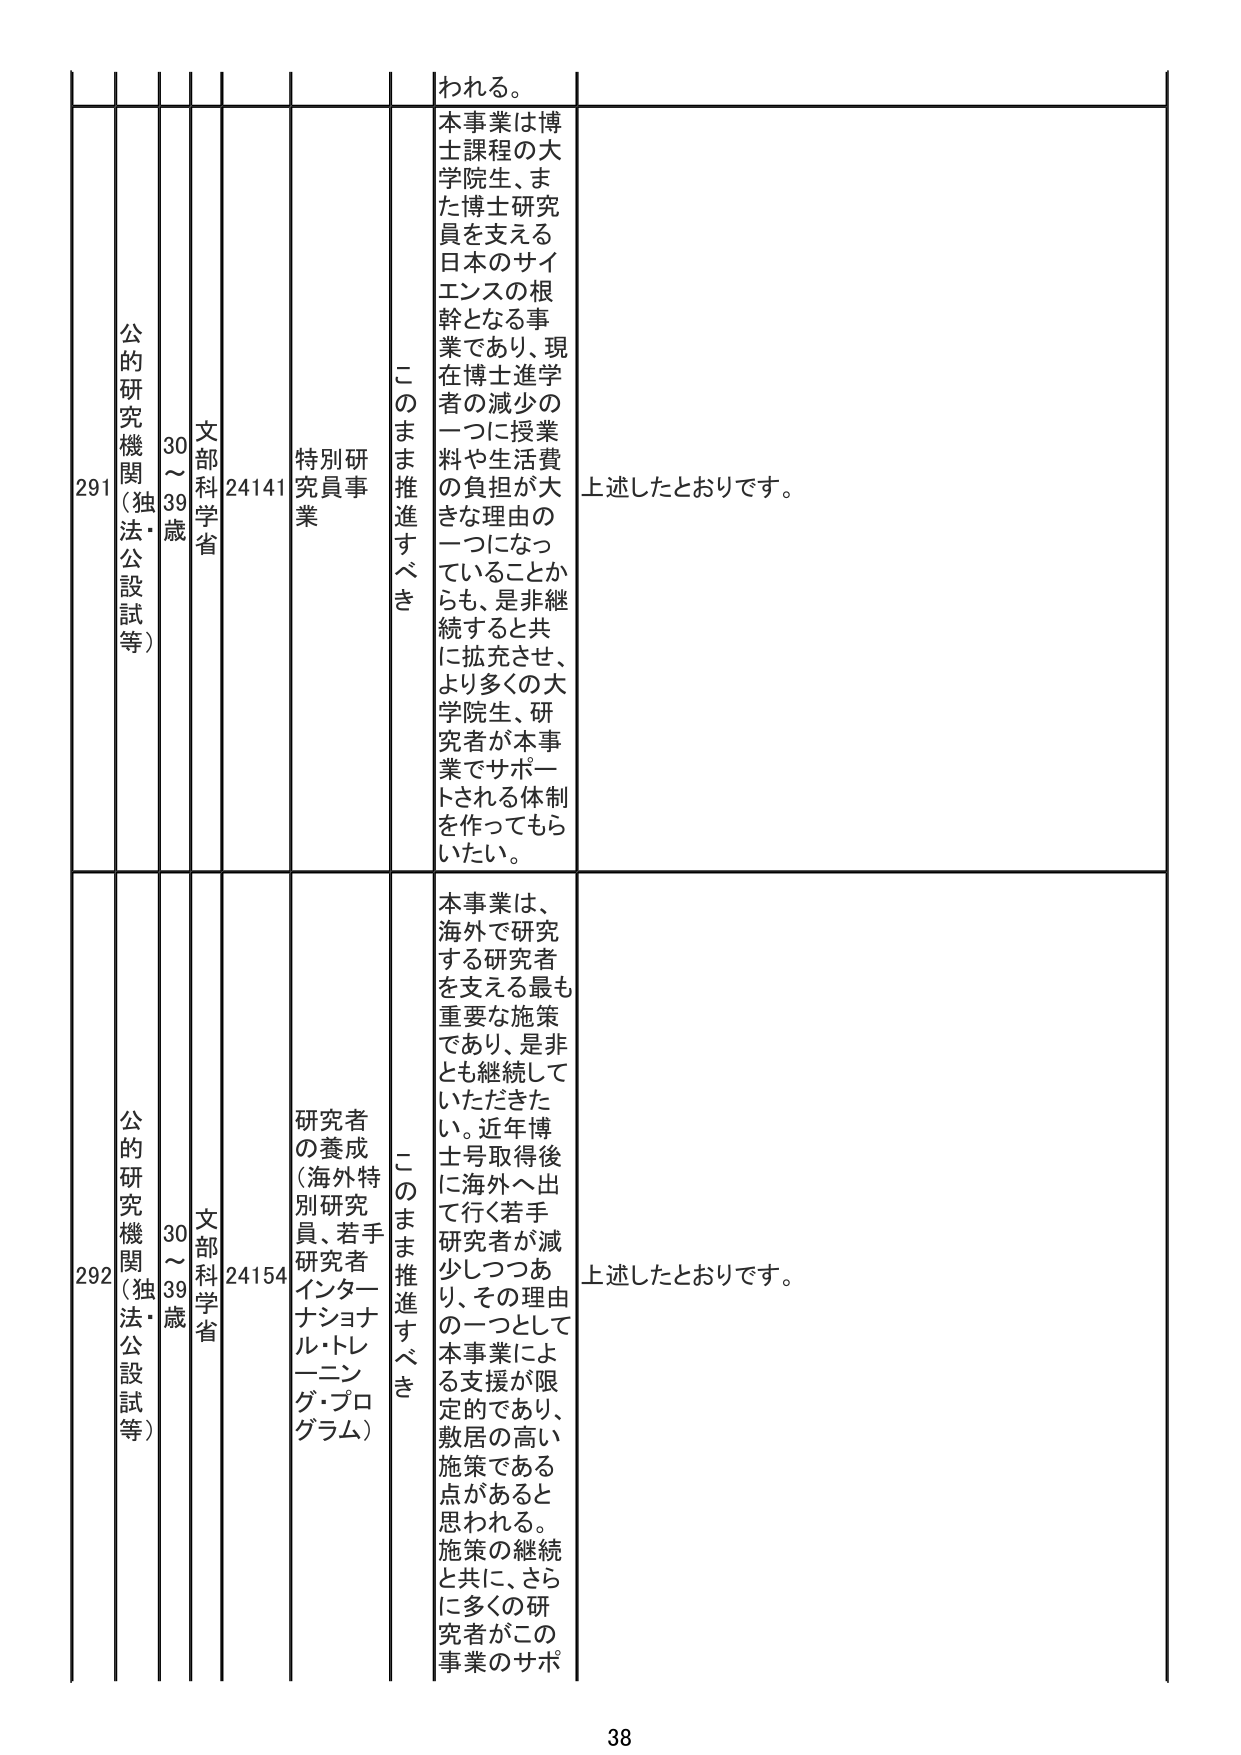
われる。

291 公的研究機関（独法・公設試等） 30～39歳 文部科学省 24141 特別研究員事業 このまま推進すべき 本事業は博士課程の大学院生、また博士研究員を支える日本のサイエンスの根幹となる事業であり、現在博士進学者の減少の一つに授業料や生活費の負担が大きな理由の一つになっていることからも、是非継続すると共に拡充させ、より多くの大学院生、研究者が本事業でサポートされる体制を作ってもらいたい。 上述したとおりです。

292 公的研究機関（独法・公設試等） 30～39歳 文部科学省 24154 研究者の養成（海外特別研究員、若手研究者インターナショナル・トレーニング・プログラム） このまま推進すべき 本事業は、海外で研究する研究者を支える最も重要な施策であり、是非とも継続していただきた い。近年博士号取得後に海外へ出て行く若手研究者が減少しつつあり、その理由の一つとして本事業による支援が限定的であり、敷居の高い施策である点があると思われる。施策の継続と共に、さらに多くの研究者がこの事業のサポ 上述したとおりです。

38